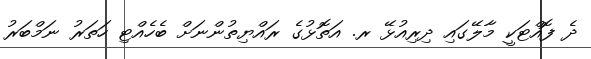
ދެ ފޮއްޓަކީ މާލޭގައި ދިރިއުޅޭ ރ. އަތޮޅުގެ ރައްޔިތުންނަށް ބެހެއްޓި ހަތަރު ނަމްބަރު